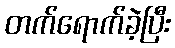
တက်ရောက်ခဲ့ပြီး